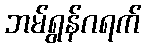
ဘမ်ရွန်ဂရက်